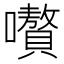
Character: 嚽